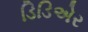
ડિડિએર